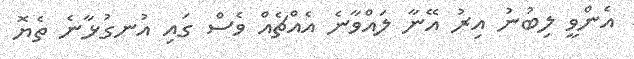
އެންވީ ލިބުނު އިރު އޭނާ ލައްވާނެ އެއްޗެއް ވެސް ގައި އުނގުޅާނެ ތެޔޮ